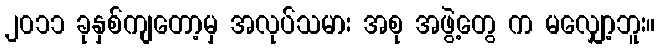
၂၀၁၁ ခုနှစ်ကျတော့မှ အလုပ်သမား အစု အဖွဲ့တွေ က မလျှော့ဘူး။